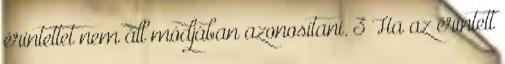
érintettet nem áll módjában azonosítani. 3 Ha az érintett